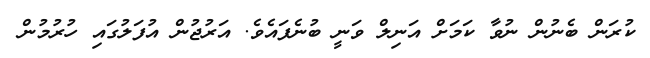
ކުރަން ބެނުން ނުވާ ކަމަށް އަނިލް ވަނީ ބުނެފައެވެ. އަރުޖުން އުފަލުގައި ހުރުމުން